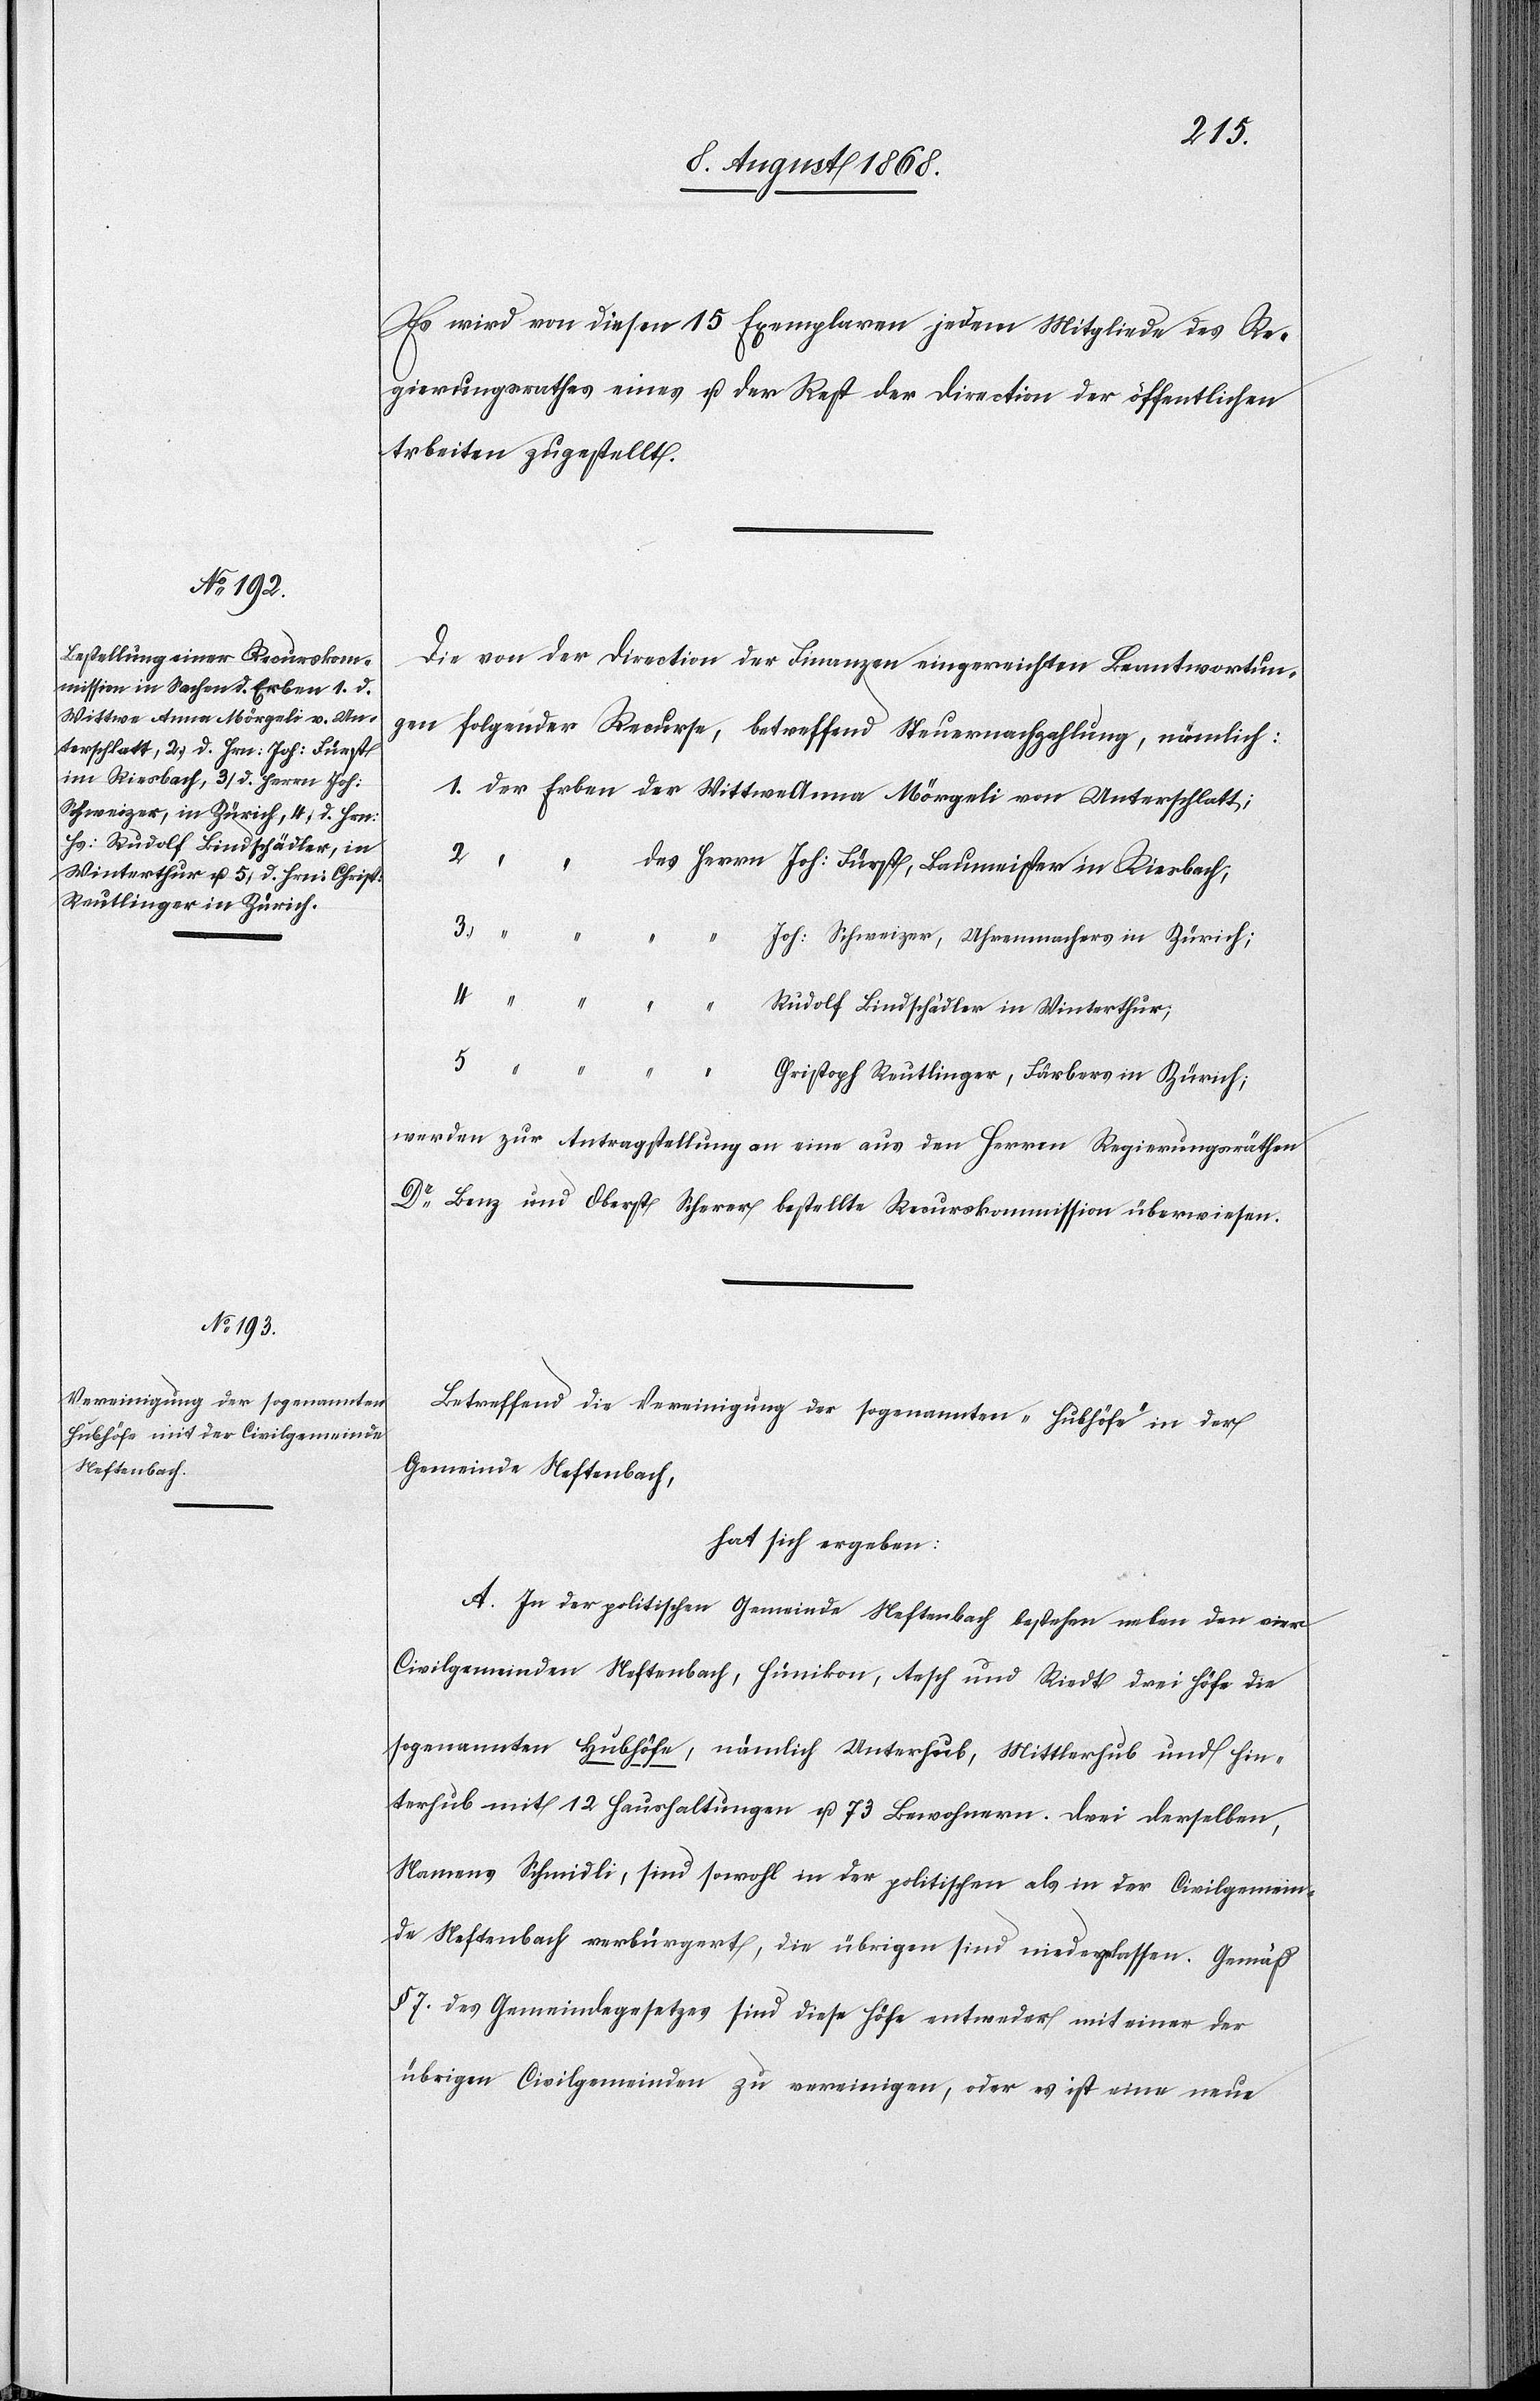
Wittwe Anna Mörgeli von Un¬

Es wird von diesen 15 Exemplaren jedem Mitgliede des Re¬
gierungsrathes eines u. der Rest der Direction der öffentlichen
Arbeiten zugestellt.
Die von der Direction der Finanzen eingereichten Beantwortun¬
gen folgender Recurse, betreffend Steuernachzahlung, nämlich:
5.
“ “
des Herrn Joh: Fürst, Baumeister in Riesbach;
3.
Joh: Schweizer, Uhrenmachers in Zürich;
Rudolf Bindschädler in Winterthur;
terschlatt;
Christoph Reutlinger, Färbers in Zürich;
werden zur Antragstellung an eine aus den Herren Regierungsräthen
Dr Benz und Oberst Scherer bestellte Recurskommission überwiesen.
Betreffend die Vereinigung der sogenannten „Hubhöfe“ in der
Gemeinde Neftenbach,
hat sich ergeben:
A. In der politischen Gemeinde Neftenbach bestehen neben den vier
Civilgemeinden Neftenbach, Hünikon, Aesch und Riedt drei Höfe die
sogenannten Hubhöfe, nämlich Unterhub, Mittlerhub und Hin¬
terhub mit 12 Haushaltungen u. 73 Bewohnern. Drei derselben,
Namens Schmidli, sind sowohl in der politischen als in der Civilgemein¬
de Neftenbach verbürgert, die übrigen sind niedergelassen. Gemäß
§ 7. des Gemeindegesetzes sind diese Höfe entweder mit einer der
übrigen Civilgemeinden zu vereinigen, oder es ist eine neue